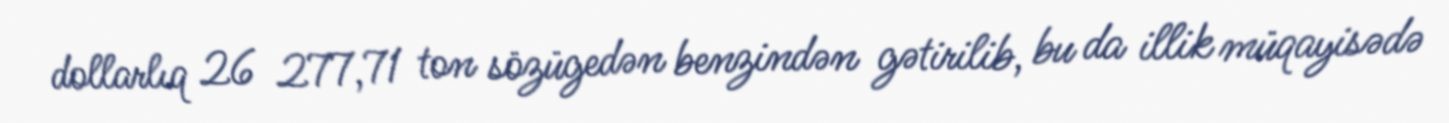
dollarlıq 26 277,71 ton sözügedən benzindən gətirilib, bu da illik müqayisədə